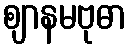
ဈာနမဗုဓာ